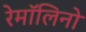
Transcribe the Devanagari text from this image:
रेमॉलिनो